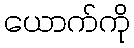
ယောက်ကို